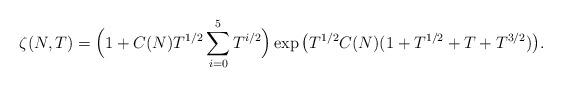
LaTeX: \begin{align*}\zeta(N, T) =\Big(1 + C(N) T^{1/2} \sum_{i = 0}^{5} T^{i/2}\Big)\exp\big(T^{1/2} C(N) (1 + T^{1/2} + T + T^{3/2})\big). \end{align*}